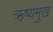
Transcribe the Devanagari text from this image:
ऋष्यमुख